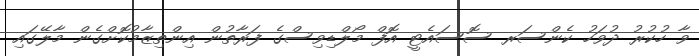
ވާ ހުކުރު ދުވަހު ކެންސަރ ސޮސައެޓީ އޮފް މޯލްޑިވިސްގެ ފަރާތުން އިންތިޒާމުކޮށްގެން މާލޭގައި